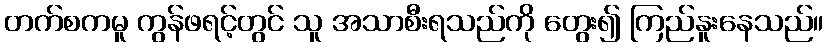
တက်စကမူ ကွန်ဖရင့်တွင် သူ အသာစီးရသည်ကို တွေး၍ ကြည်နူးနေသည်။